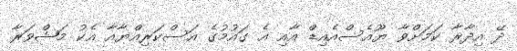
ދޭ އިދާރާ ކަމަށްވާ ޔޫއެސްއެއިޑް އާއި އެ ގައުމުގެ އަސްކަރިއްޔާއާ އެކު މަޝްވަރާ